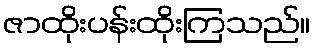
ဇာထိုးပန်းထိုးကြသည်။